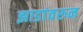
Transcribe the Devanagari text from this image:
झाडांवरुन